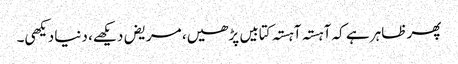
پھر ظاہر ہے کہ آہستہ آہستہ کتابیں پڑھیں، مریض دیکھے، دنیا دیکھی۔